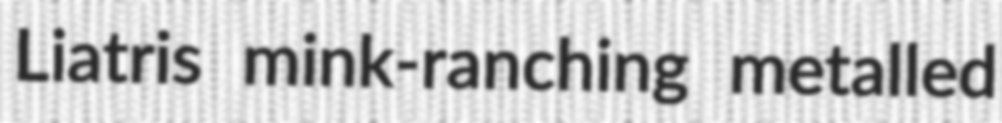
Liatris mink-ranching metalled